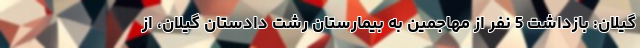
گیلان: بازداشت 5 نفر از مهاجمین به بیمارستان رشت دادستان گیلان، از